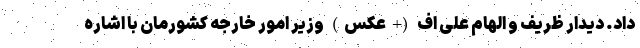
داد. دیدار ظریف و الهام علی اف (+عکس) وزیر امور خارجه کشورمان با اشاره